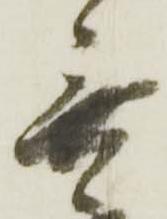
無